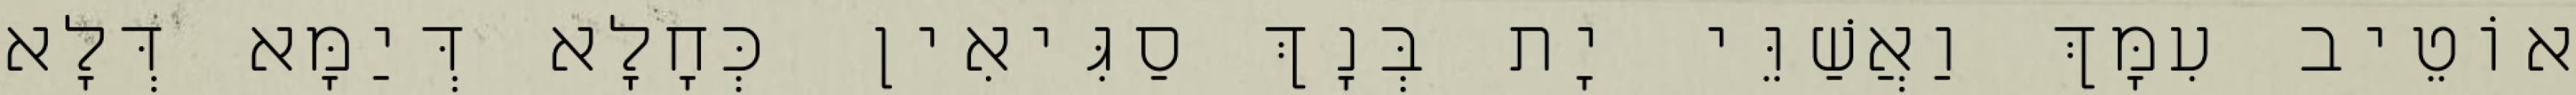
אוֹטֵיב עִמָּךְ וַאֲשַׁוֵּי יָת בְּנָךְ סַגִּיאִין כְּחָלָא דְּיַמָּא דְּלָא